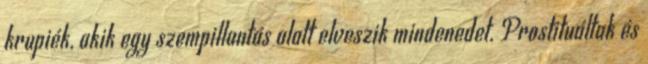
krupiék, akik egy szempillantás alatt elveszik mindenedet. Prostituáltak és